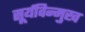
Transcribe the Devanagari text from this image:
सूर्यविन्मुख